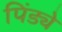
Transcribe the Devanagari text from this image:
पिंड्ये